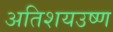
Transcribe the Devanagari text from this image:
अतिशयउष्ण